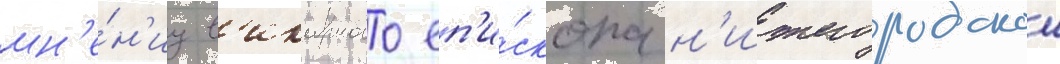
мн'е́н'иу в'икарного еп'и́скопа н'ижегородскои